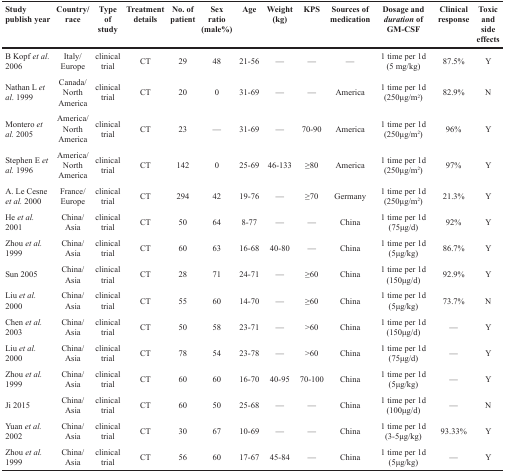
<table><thead><tr><td><b>Study publish year</b></td><td><b>Country/race</b></td><td><b>Type of study</b></td><td><b>Treatment details</b></td><td><b>No. of patient</b></td><td><b>Sex ratio (male%)</b></td><td><b>Age</b></td><td><b>Weight (kg)</b></td><td><b>KPS</b></td><td><b>Sources of medication</b></td><td><b>Dosage and <i>duration</i> of GM-CSF</b></td><td><b>Clinical response</b></td><td><b>Toxic and side effects</b></td></tr></thead><tbody><tr><td>B Kopf <i>et al.</i> 2006</td><td>Italy/Europe</td><td>clinical trial</td><td>CT</td><td>29</td><td>48</td><td>21-56</td><td>—</td><td>—</td><td>—</td><td>1 time per 1d (5 mg/kg)</td><td>87.5%</td><td>Y</td></tr><tr><td>Nathan L <i>et al</i>. 1999</td><td>Canada/North America</td><td>clinical trial</td><td>CT</td><td>20</td><td>0</td><td>31-69</td><td>—</td><td>—</td><td>America</td><td>1 time per 1d (250μg/m<sup>2</sup>)</td><td>82.9%</td><td>N</td></tr><tr><td>Montero <i>et al.</i> 2005</td><td>America/North America</td><td>clinical trial</td><td>CT</td><td>23</td><td>—</td><td>31-69</td><td>—</td><td>70-90</td><td>America</td><td>1 time per 1d (250μg/m<sup>2</sup>)</td><td>96%</td><td>Y</td></tr><tr><td>Stephen E <i>et al.</i> 1996</td><td>America/North America</td><td>clinical trial</td><td>CT</td><td>142</td><td>0</td><td>25-69</td><td>46-133</td><td>≥80</td><td>America</td><td>1 time per 1d (250μg/m<sup>2</sup>)</td><td>97%</td><td>Y</td></tr><tr><td>A. Le Cesne <i>et al.</i> 2000</td><td>France/ Europe</td><td>clinical trial</td><td>CT</td><td>294</td><td>42</td><td>19-76</td><td>—</td><td>≥70</td><td>Germany</td><td>1 time per 1d (250μg/m<sup>2</sup>)</td><td>21.3%</td><td>Y</td></tr><tr><td>He <i>et al.</i> 2001</td><td>China/Asia</td><td>clinical trial</td><td>CT</td><td>50</td><td>64</td><td>8-77</td><td>—</td><td>—</td><td>China</td><td>1 time per 1d (75μg/d)</td><td>92%</td><td>Y</td></tr><tr><td>Zhou <i>et al.</i> 1999</td><td>China/Asia</td><td>clinical trial</td><td>CT</td><td>60</td><td>63</td><td>16-68</td><td>40-80</td><td>—</td><td>China</td><td>1 time per 1d (5μg/kg)</td><td>86.7%</td><td>Y</td></tr><tr><td>Sun 2005</td><td>China/Asia</td><td>clinical trial</td><td>CT</td><td>28</td><td>71</td><td>24-71</td><td>—</td><td>≥60</td><td>China</td><td>1 time per 1d (150μg/d)</td><td>92.9%</td><td>Y</td></tr><tr><td>Liu <i>et al.</i> 2000</td><td>China/Asia</td><td>clinical trial</td><td>CT</td><td>55</td><td>60</td><td>14-70</td><td>—</td><td>≥60</td><td>China</td><td>1 time per 1d (5μg/kg)</td><td>73.7%</td><td>N</td></tr><tr><td>Chen <i>et al.</i> 2003</td><td>China/Asia</td><td>clinical trial</td><td>CT</td><td>50</td><td>58</td><td>23-71</td><td>—</td><td>&gt;60</td><td>China</td><td>1 time per 1d (150μg/d)</td><td>—</td><td>Y</td></tr><tr><td>Liu <i>et al.</i> 2000</td><td>China/Asia</td><td>clinical trial</td><td>CT</td><td>78</td><td>54</td><td>23-78</td><td>—</td><td>&gt;60</td><td>China</td><td>1 time per 1d (75μg/d)</td><td>—</td><td>Y</td></tr><tr><td>Zhou <i>et al.</i> 1999</td><td>China/Asia</td><td>clinical trial</td><td>CT</td><td>60</td><td>60</td><td>16-70</td><td>40-95</td><td>70-100</td><td>China</td><td>1 time per 1d (5μg/kg)</td><td>—</td><td>Y</td></tr><tr><td>Ji 2015</td><td>China/Asia</td><td>clinical trial</td><td>CT</td><td>60</td><td>50</td><td>25-68</td><td>—</td><td>—</td><td>China</td><td>1 time per 1d (100μg/d)</td><td>—</td><td>N</td></tr><tr><td>Yuan <i>et al.</i> 2002</td><td>China/Asia</td><td>clinical trial</td><td>CT</td><td>30</td><td>67</td><td>10-69</td><td>—</td><td>—</td><td>China</td><td>1 time per 1d (3-5μg/kg)</td><td>93.33%</td><td>Y</td></tr><tr><td>Zhou <i>et al.</i> 1999</td><td>China/Asia</td><td>clinical trial</td><td>CT</td><td>56</td><td>60</td><td>17-67</td><td>45-84</td><td>—</td><td>China</td><td>1 time per 1d (5μg/kg)</td><td>—</td><td>Y</td></tr></tbody></table>